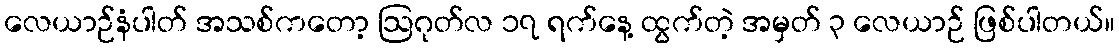
လေယာဉ်နံပါတ် အသစ်ကတော့ ဩဂုတ်လ ၁၇ ရက်နေ့ ထွက်တဲ့ အမှတ် ၃ လေယာဉ် ဖြစ်ပါတယ်။